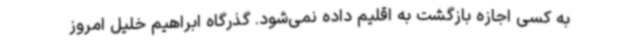
به کسی اجازه بازگشت به اقلیم داده نمی‌شود. گذرگاه ابراهیم خلیل امروز